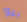
بيو